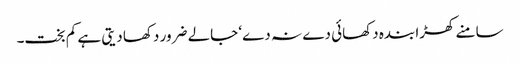
سامنے کھڑا بندہ دکھائی دے نہ دے‘ جالے ضرور دکھا دیتی ہے کم بخت۔